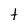
Character: t